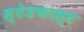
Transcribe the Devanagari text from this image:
स्टेडफास्ट